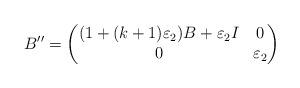
LaTeX: \begin{align*}B''=\begin{pmatrix}(1+(k+1)\varepsilon_2)B + \varepsilon_2 I & 0\\ 0 & \varepsilon_2\end{pmatrix}\end{align*}